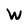
Character: W